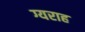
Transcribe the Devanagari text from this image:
ग्यराह